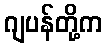
ဂျပန်တို့က